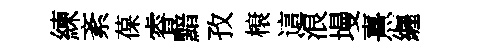
練紊葆睿黯孜榱這浪墁熹纒